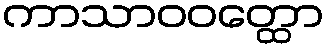
ကာသာဝဝတ္ထော